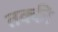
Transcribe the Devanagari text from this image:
तक्की